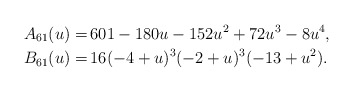
\begin{align*}A_{61}(u)=& \, 601 - 180 u - 152 u^2 + 72 u^3 - 8 u^4 , \\B_{61}(u)=& \, 16 (-4 + u)^3 (-2 + u)^3 (-13 + u^2).\end{align*}